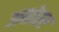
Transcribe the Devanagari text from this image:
अबांतर